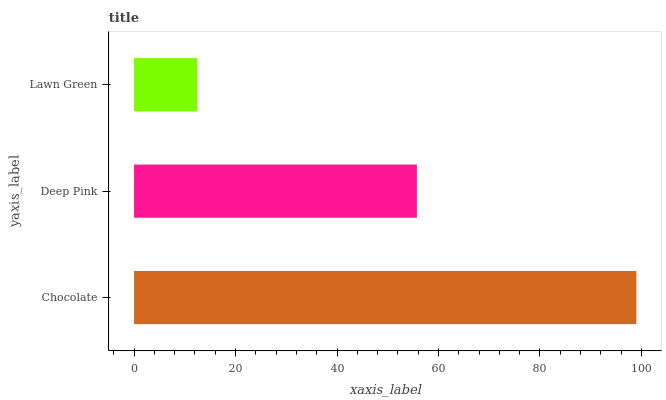
| yaxis_label | bars |
 | --- | --- |
 | Chocolate | 99 |
 | Deep Pink | 55.7 |
 | Lawn Green | 12.5 |